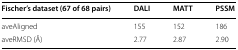
<table><thead><tr><td><b>Fischer’s dataset (67 of 68 pairs)</b></td><td><b>DALI</b></td><td><b>MATT</b></td><td><b>PSSM</b></td></tr></thead><tbody><tr><td>aveAligned</td><td>155</td><td>152</td><td>186</td></tr><tr><td>aveRMSD (Å)</td><td>2.77</td><td>2.87</td><td>2.90</td></tr></tbody></table>